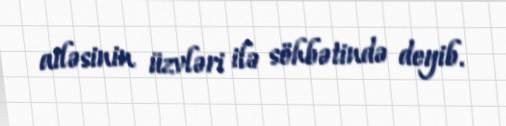
ailəsinin üzvləri ilə söhbətində deyib.